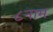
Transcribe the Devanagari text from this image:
८नाम